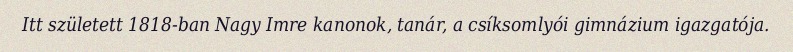
Itt született 1818-ban Nagy Imre kanonok, tanár, a csíksomlyói gimnázium igazgatója.